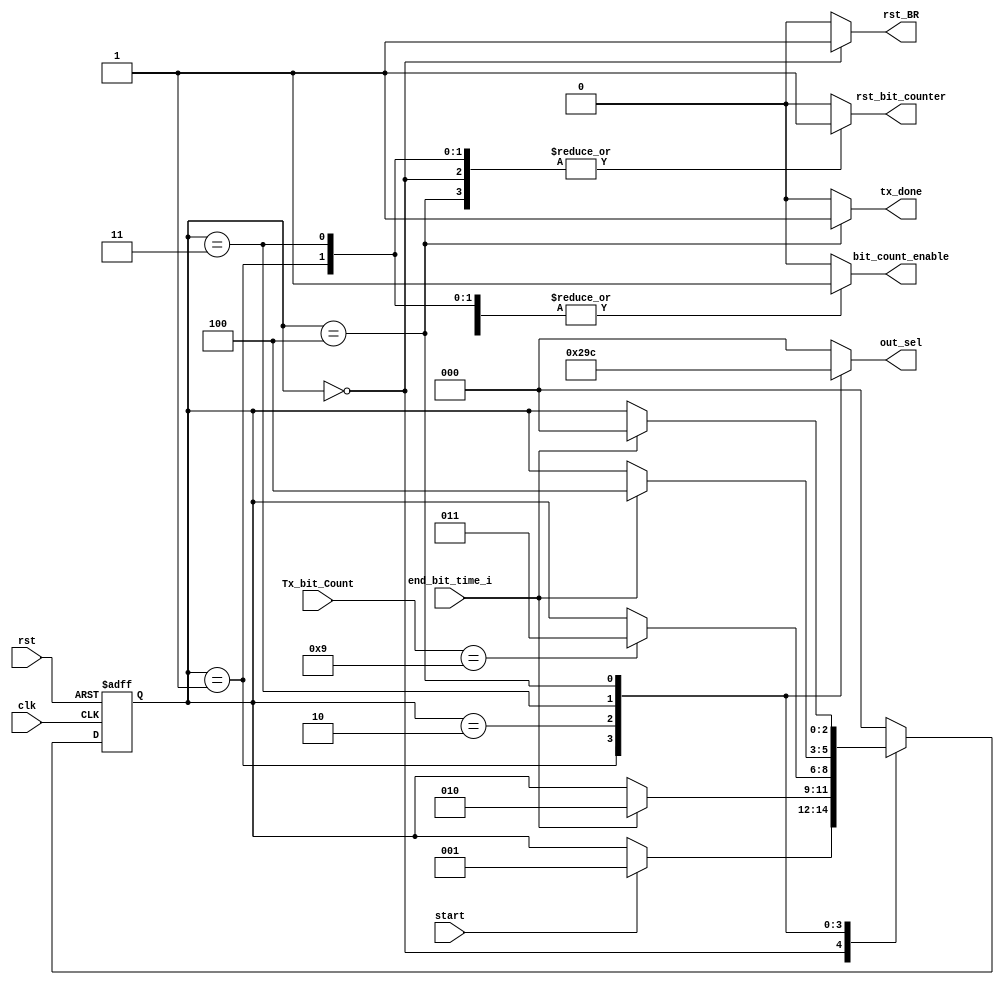
`timescale 1ns / 1ps
module Uart_Tx_Fsm (
	input clk,
	input start,
	input rst,
	input end_bit_time_i,
	input [3:0] Tx_bit_Count,
	output reg bit_count_enable,
   output reg rst_BR,
   output reg rst_bit_counter,
	output reg [2:0]out_sel,
	output reg tx_done
);

localparam INIT_S = 	3'b000;
localparam START_S = 3'b001;
localparam TX_S = 	3'b010;
//localparam TX_W_S =	3'b011;
localparam PARITY_S =3'b011;
localparam STOP_S  = 3'b100;
reg [2:0] State;

always@(posedge rst, posedge clk) begin
	if(rst)
		State <= INIT_S;
	else
		case (State)
			INIT_S: 	if(start)
							State <= START_S;
			START_S: if(end_bit_time_i)
							State <= TX_S;
			TX_S:		if(Tx_bit_Count == 4'b1001)
							State <= PARITY_S;
			PARITY_S: if(end_bit_time_i)
							State <= STOP_S;
			STOP_S:	if(end_bit_time_i)
							State <= INIT_S;
			default:		State <= INIT_S;
		endcase
end

always @(State)
	begin
		case(State)
			INIT_S: begin
				out_sel <= 3'b000;
				bit_count_enable <= 1'b0;
				rst_BR <= 1'b1;
				rst_bit_counter <= 1'b1;
				tx_done <= 1'b0;
			end
			START_S: begin
				out_sel <= 3'b001;
				bit_count_enable <= 1'b1;
				rst_BR <= 1'b0;
				rst_bit_counter <= 1'b1;
				tx_done <= 1'b0;
			end
			TX_S: begin
				out_sel <= 3'b010;
				bit_count_enable <= 1'b1;
				rst_BR <= 1'b0;
				rst_bit_counter <= 1'b0;
				tx_done <= 1'b0;
			end
			PARITY_S: begin
				out_sel <= 3'b011;
				bit_count_enable <= 1'b1;
				rst_BR <= 1'b0;
				rst_bit_counter <= 1'b1;
				tx_done <= 1'b0;
			end
			STOP_S: begin
				out_sel <= 3'b100;
				bit_count_enable <= 1'b0;
				rst_BR <= 1'b0;
				rst_bit_counter <= 1'b1;
				tx_done <= 1'b1;
			end
			default: begin
				out_sel <= 3'b000;
				bit_count_enable <= 1'b0;
				rst_BR <= 1'b0;
				rst_bit_counter <= 1'b0;
				tx_done <= 1'b0;
			end
		endcase
	end

endmodule